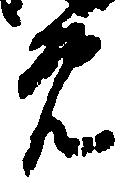
免